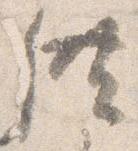
供